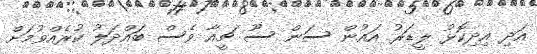
އަދި އިދިކޮޅު ލީޑަރު އައުން ސަން ސޫ ޗީއާ ވެސް ބައްދަލު ކުރެއްވުމަށް